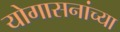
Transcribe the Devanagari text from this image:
योगासनांच्या